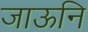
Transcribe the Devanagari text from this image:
जाऊनि